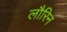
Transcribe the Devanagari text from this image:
लौरिन